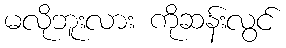
မလိုဘူးလား ကိုဆန်းလွင်